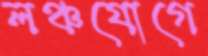
লঞ্চযোগে